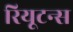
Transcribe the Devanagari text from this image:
रियूटन्स